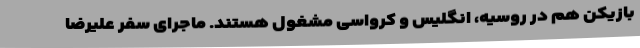
بازیکن هم در روسیه، انگلیس و کرواسی مشغول هستند. ماجرای سفر علیرضا